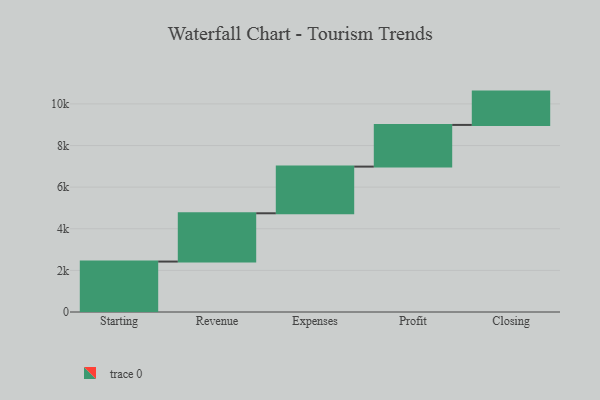
{"axis": {"x": "Step", "y": "Value"}, "legend": [""], "data": [{"x": "Starting", "y": 2424.0, "type": ""}, {"x": "Revenue", "y": 2320.0, "type": ""}, {"x": "Expenses", "y": 2243.0, "type": ""}, {"x": "Profit", "y": 2003.0, "type": ""}, {"x": "Closing", "y": 1601.0, "type": ""}]}